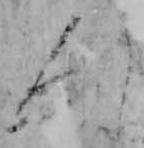
人